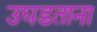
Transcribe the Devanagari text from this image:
उघडताना